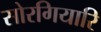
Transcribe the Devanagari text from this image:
सोरगियारि